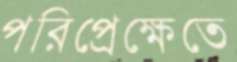
পরিপ্রেক্ষেতে